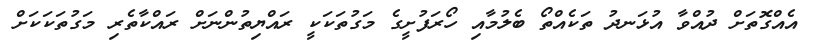
އެއްގޮތަށް ދުއްވާ އުޅަނދު ތަކެއްތޯ ބެލުމާއި ހޯރަފުށީގެ މަގުތަކަކީ ރައްޔިތުންނަށް ރައްކާތެރި މަގުތަކަކަށް